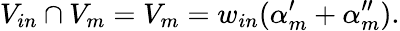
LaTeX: V_{in}\cap V_{m}=V_{m}=w_{in}(\alpha_{m}^{\prime}+\alpha_{m}^{\prime\prime}).